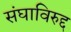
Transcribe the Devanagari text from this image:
संघाविरुद्द